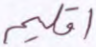
اقليم